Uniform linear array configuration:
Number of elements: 24
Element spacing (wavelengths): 1
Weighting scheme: blackman
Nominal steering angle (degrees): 0
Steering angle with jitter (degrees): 0.5446
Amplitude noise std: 0.05
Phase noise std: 0.05

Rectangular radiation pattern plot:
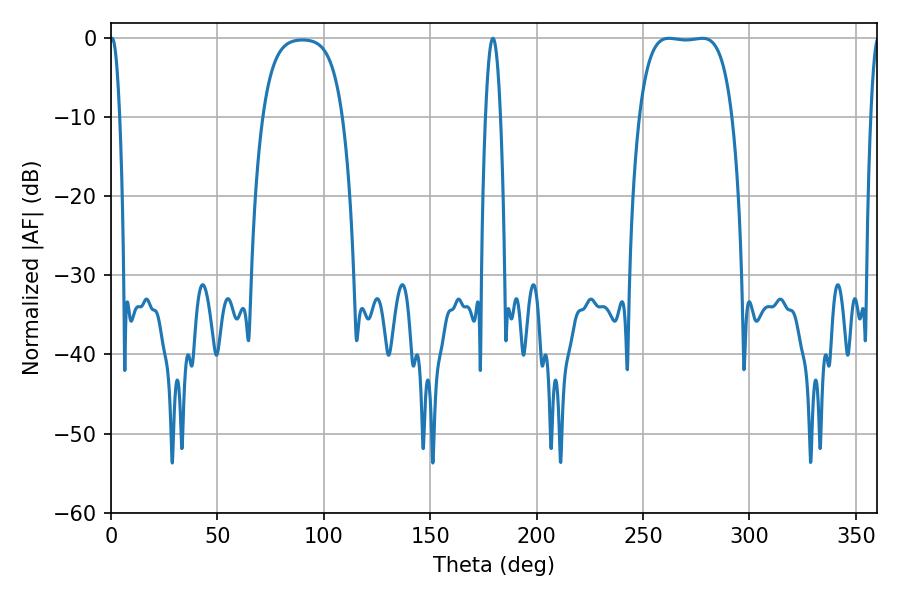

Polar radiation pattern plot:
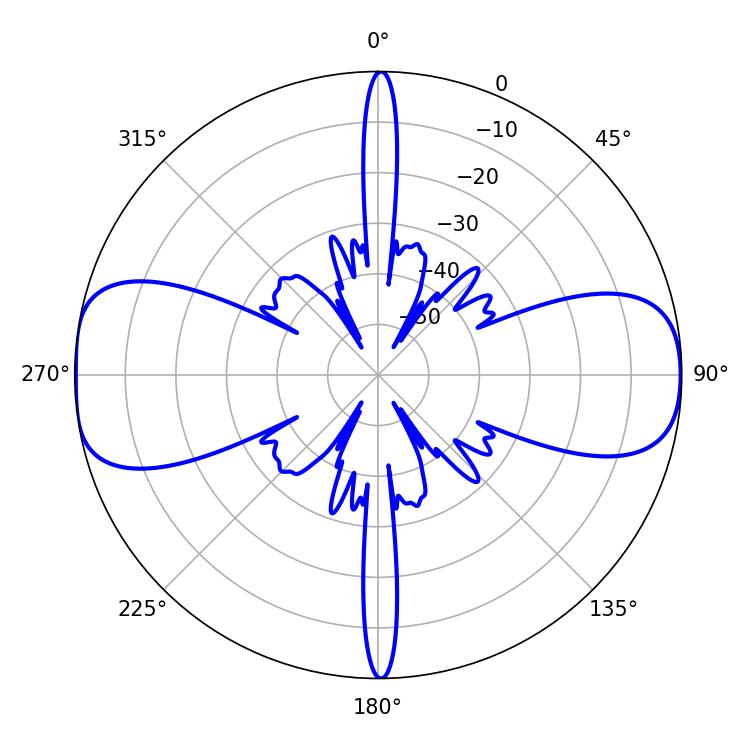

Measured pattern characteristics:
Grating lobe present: TRUE
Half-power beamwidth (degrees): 2.52
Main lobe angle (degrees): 0.54